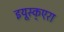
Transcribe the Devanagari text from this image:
इयूस्क्एरा